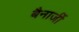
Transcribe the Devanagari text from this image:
बैनार्जी